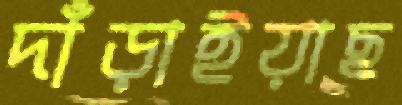
দাঁড়াইয়াছ